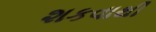
શકવાથી